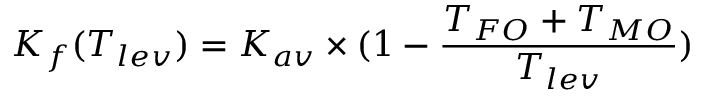
K _ { f } ( T _ { l e v } ) = K _ { a v } \times ( 1 - \frac { T _ { F O } + T _ { M O } } { T _ { l e v } } )